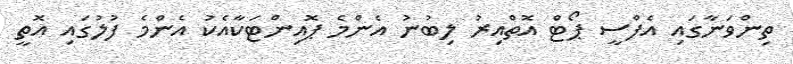
ތިންވަނާގައި އެފްސީ ޕޯޓް އޮތްއިރު ލިބުނު އެންމެ ޕޮއިންޓަކާއެކު އެންމެ ފުލުގައި އޮތީ